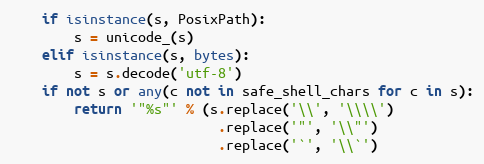
Language: Python
    if isinstance(s, PosixPath):
        s = unicode_(s)
    elif isinstance(s, bytes):
        s = s.decode('utf-8')
    if not s or any(c not in safe_shell_chars for c in s):
        return '"%s"' % (s.replace('\\', '\\\\')
                          .replace('"', '\\"')
                          .replace('`', '\\`')